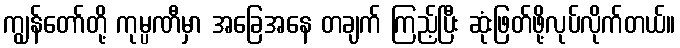
ကျွန်တော်တို့ ကုမ္ပဏီမှာ အခြေအနေ တချက် ကြည့်ပြီး ဆုံးဖြတ်ဖို့လုပ်လိုက်တယ်။